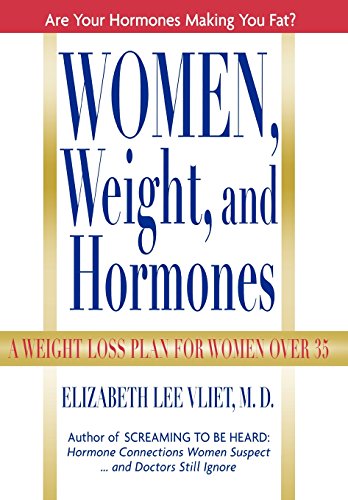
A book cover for Women, Weight and Hormones: A Weight-Loss Plan for Women Over 35; Elizabeth Lee Vliet M.D.; Self-Help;